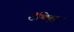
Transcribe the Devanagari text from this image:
टॅथ़िस